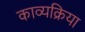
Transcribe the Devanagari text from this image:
काव्यक्रिया